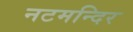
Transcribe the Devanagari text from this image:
नटमन्दिर